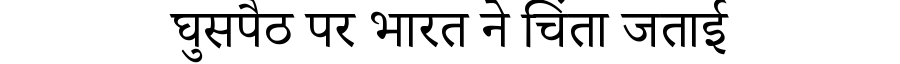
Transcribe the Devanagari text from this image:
घुसपैठ पर भारत ने चिंता जताई